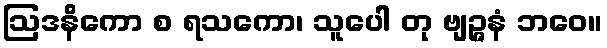
ဩဒနိကော စ ရသကော၊ သူပေါ တု ဗျဉ္ဇနံ ဘဝေ။